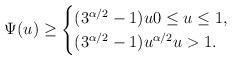
LaTeX: \begin{align*} \Psi(u) \geq \begin{cases} (3^{\alpha/2}-1)u 0\leq u\leq 1, \\ (3^{\alpha/2}-1)u^{\alpha/2} u>1. \end{cases}\end{align*}